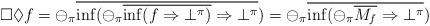
LaTeX: \begin{align*}\Box \Diamond f = \ominus_\pi \overline{\inf(\ominus_\pi \overline{\inf (f\Rightarrow \bot^\pi)} \Rightarrow \bot^\pi}) = \ominus_\pi \overline{\inf(\ominus_\pi \overline{M_f} \Rightarrow \bot^\pi})\end{align*}